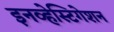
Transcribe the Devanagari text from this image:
इनव्हेस्टिगेशन